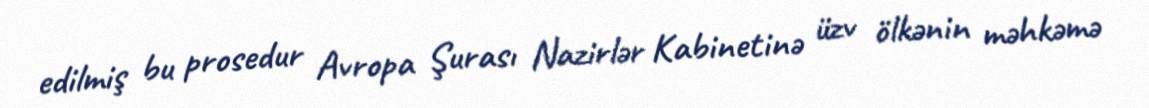
edilmiş bu prosedur Avropa Şurası Nazirlər Kabinetinə üzv ölkənin məhkəmə